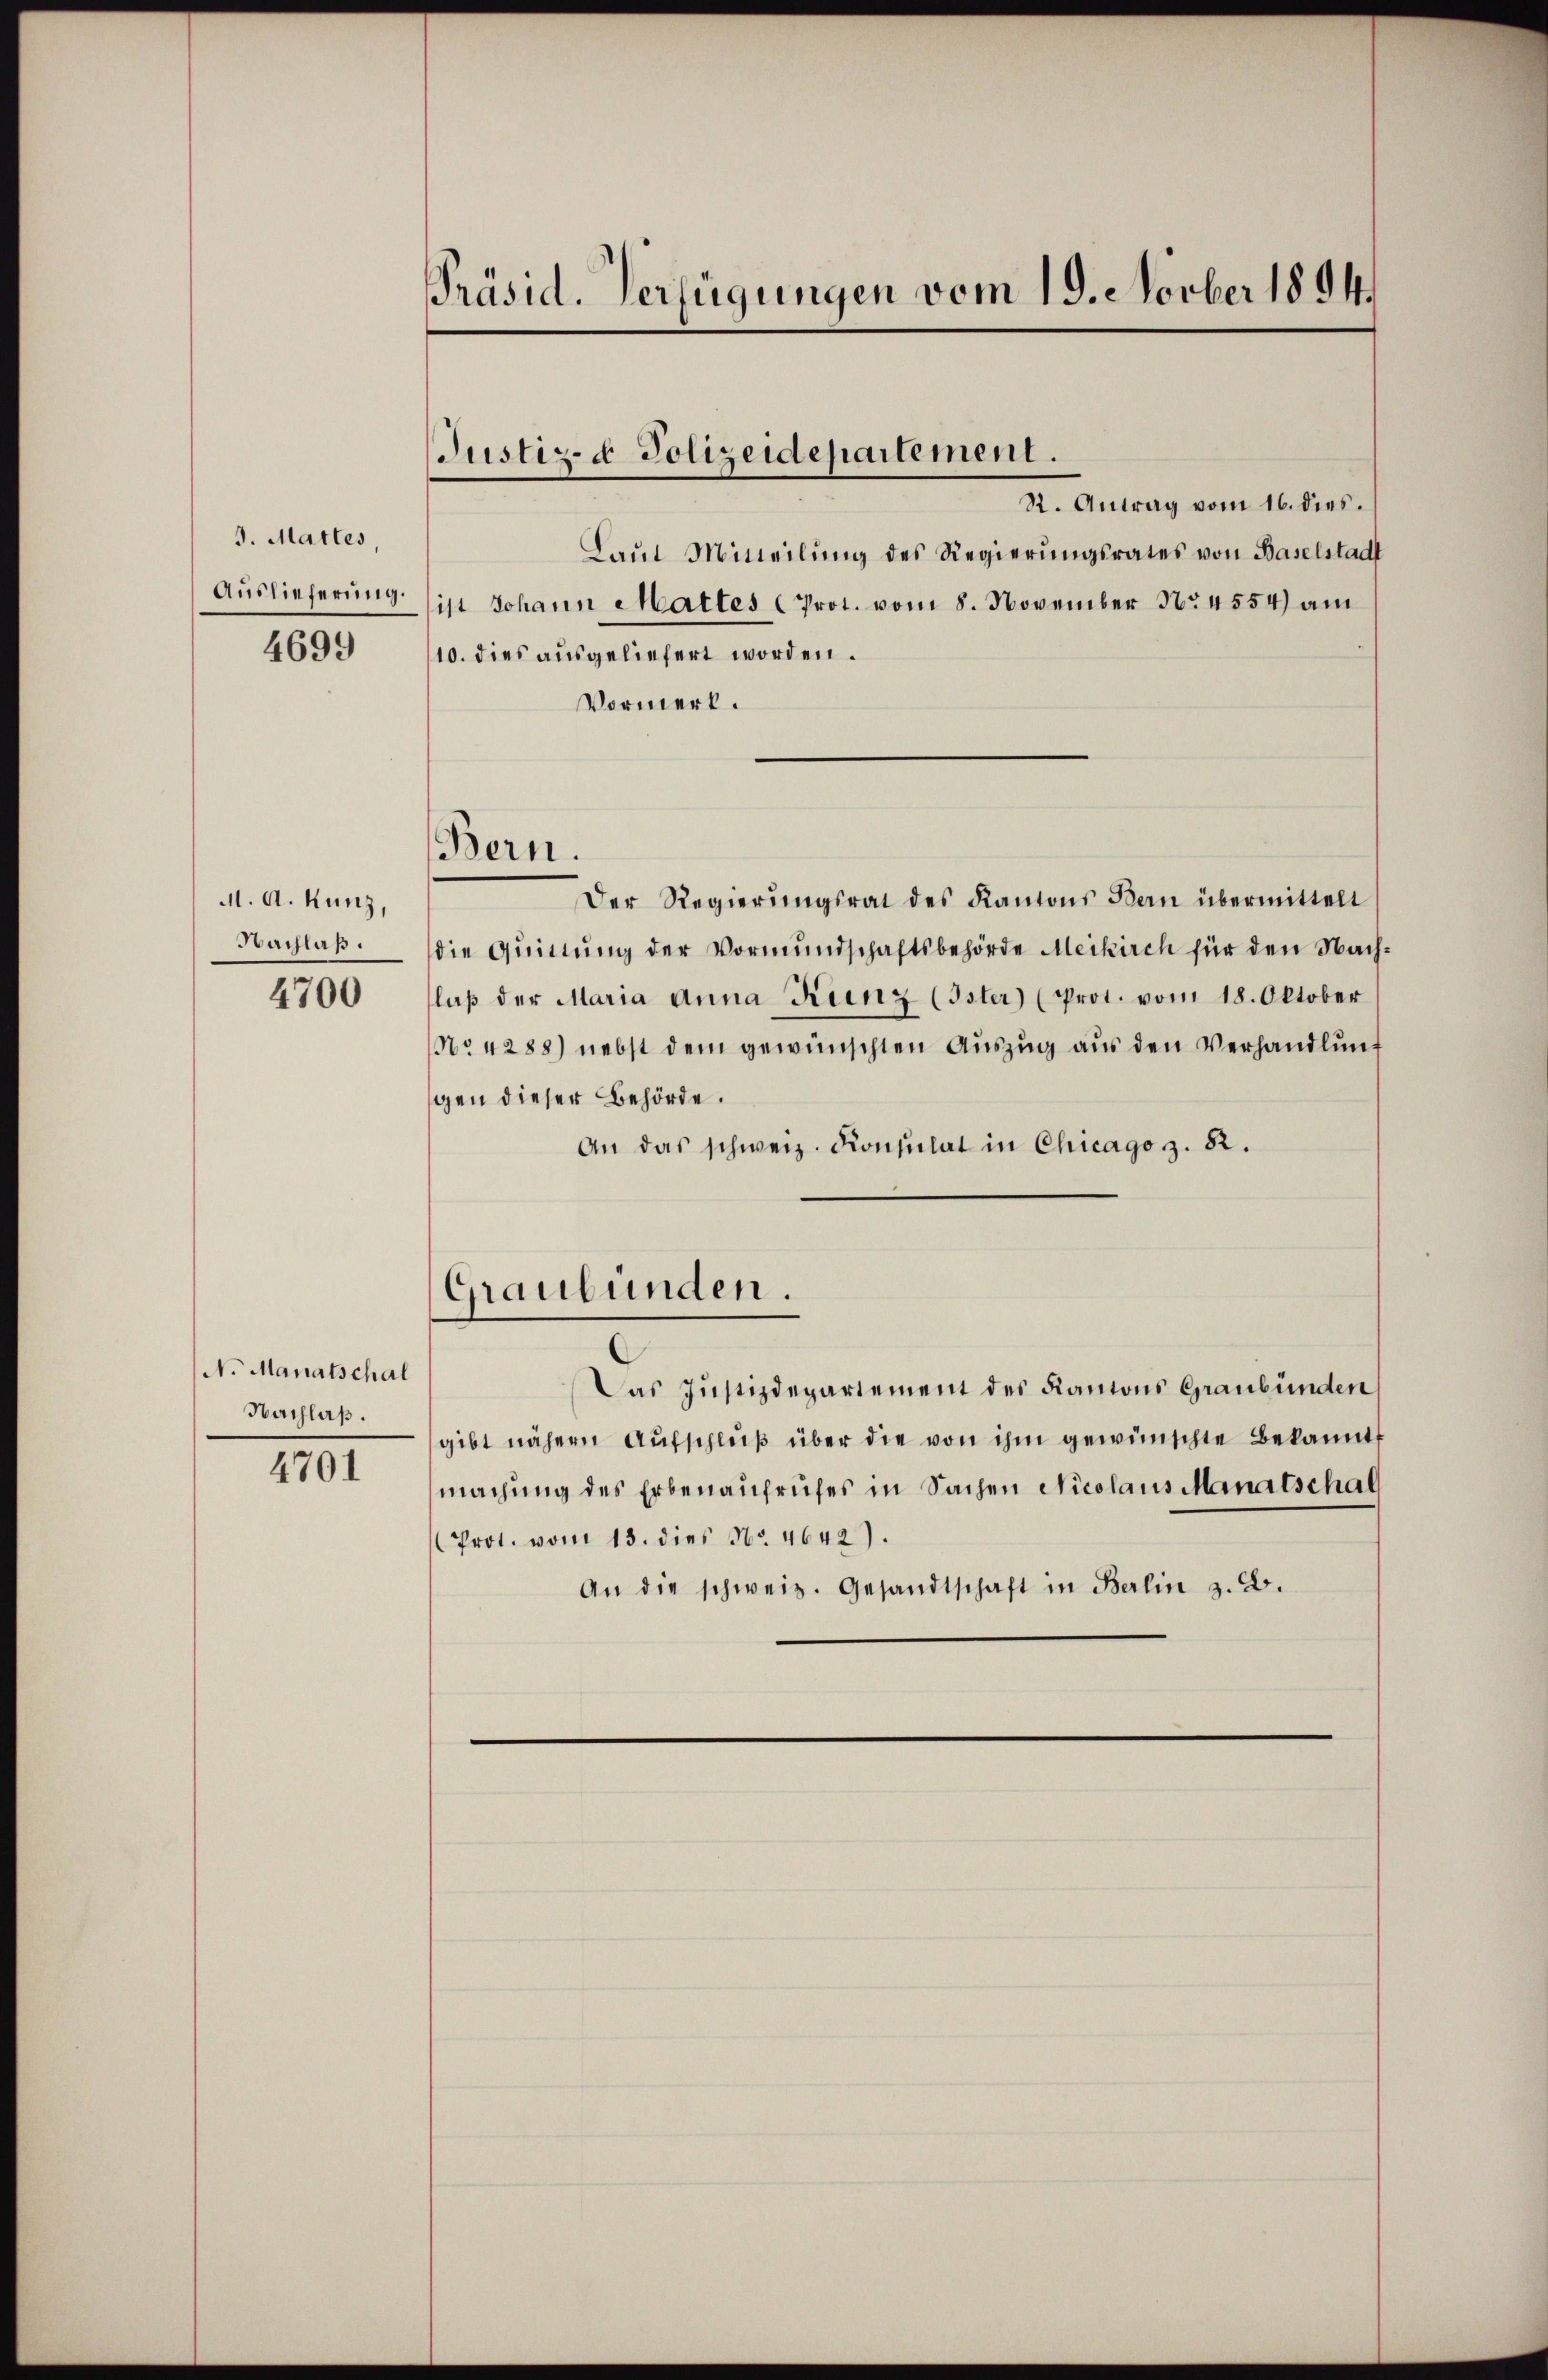
3. Mattes,
Auslieferung.
4699

M. A. Kunz,
Nachlaß.
4700

N. Manatschal
Nachlaß.

4701

Präsid. Verfügungen vom 19. Novber 1894.

Justiz- & Polizeidepartement.

Bern.

St. Antrag vom 16. dies.
Laut Mitteilung des Regierungsrates von Baselstadt
ist Johann Maltes (Prot. vom 8. November Nr. 4554) am
10. dies ausgeliefert worden.
Vormerk.
Der Regierŭngsrat des Kantons Bern übermittelt
die Quittung der Vormŭndschaftsbehörde Meikirch für den Nach-
laβ der Maria Anna Kunz (Ister (Prot. vom 18. Oktober
No. 4288) nebst dem gewünschten Aŭszŭg aŭs den Verhandlŭng
gen dieser Behörde.
An das schweiz. Konsulat in Chicago z. 82.
Graubünden.
Das Justizdepartement des Kantons Graubünden
gibt nähern Aŭfschlŭβ über die von ihm gewünschte Bekannt
machung des Erbenaufrufes in Sachen Nicolaus Manatschaf
Prot. vom 13. dies No. 4642)
An die schweiz. Gesandtschaft in Berlin z. B.